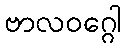
ဗာလဝဂ္ဂေါ